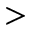
>